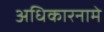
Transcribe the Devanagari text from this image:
अधिकारनामे